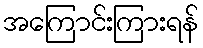
အကြောင်းကြားရန်